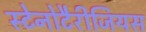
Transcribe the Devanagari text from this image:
स्टेनोटैरीजियस